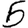
Digit: 5